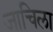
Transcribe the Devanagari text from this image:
जाचिला